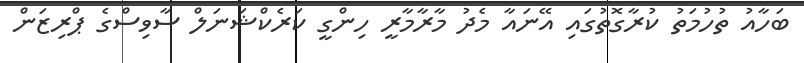
ބަހާއު ތުހުމަތު ކުރާގޮތުގައި އޭނައާ މެދު މާރާމާރީ ހިންގީ ކަރެކްޝަނަލް ސާވިސްގެ ޕްރިޒަން